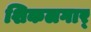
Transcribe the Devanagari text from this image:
शिकलगार्